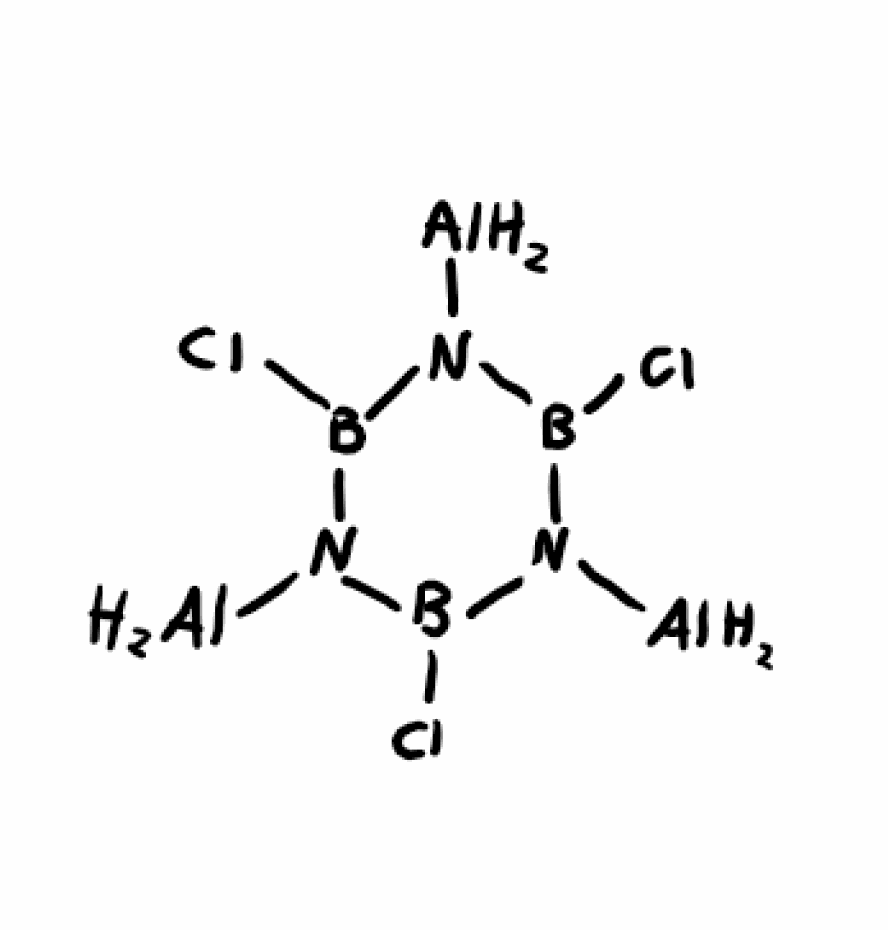
Simplified molecular-input line-entry system (SMILES) notation of the given molecule:
B1(N(B(N(B(N1[AlH2])Cl)[AlH2])Cl)[AlH2])Cl